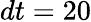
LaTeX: dt=20